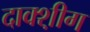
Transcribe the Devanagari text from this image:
दाक्श़ीग